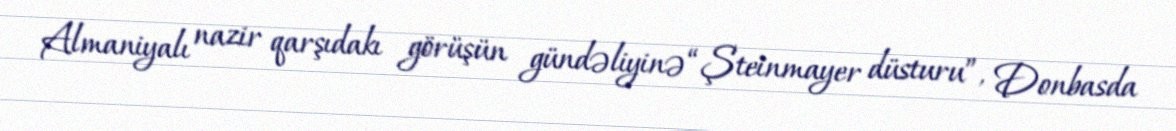
Almaniyalı nazir qarşıdakı görüşün gündəliyinə “Şteinmayer düsturu”, Donbasda